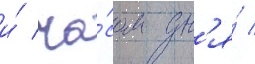
и́ ча́сом дн'я́ /